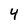
Character: 4